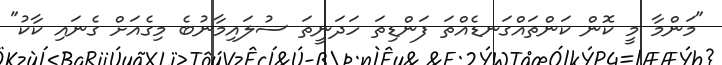
"މަންމާ މީ ކޮން ކަންތައްގަނޑެއްތަ ފަންޑިތަ ހަދަނީތަ ސުލައިމާނުބެ މިގެއަށް ގެނައި ކާކު"